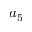
a _ { 5 }